Investigations on Bengal jail dietaries - Number 37
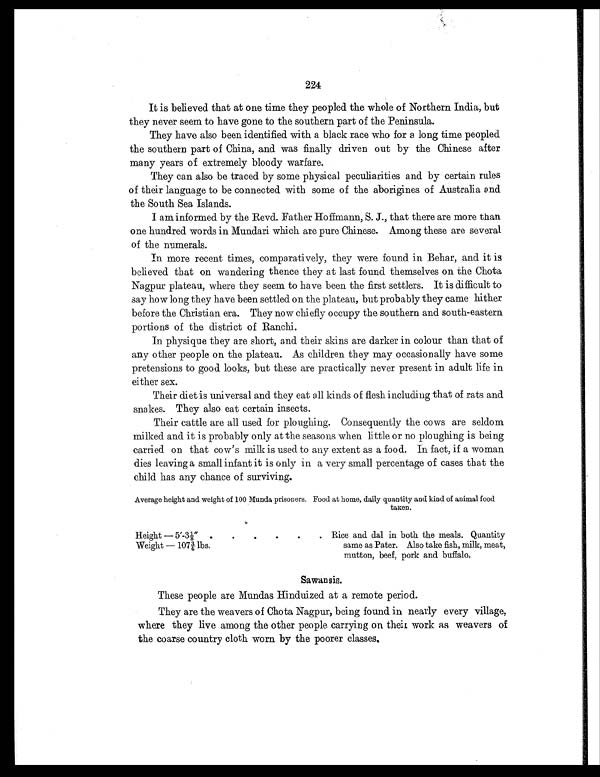
224
It is believed that at one time they peopled the whole of Northern India, but
they never seem to have gone to the southern part of the Peninsula.
They have also been identified with a black race who for a long time peopled
the southern part of China, and was finally driven out by the Chinese after
many years of extremely bloody warfare.
They can also be traced by some physical peculiarities and by certain rules
of their language to be connected with some of the aborigines of Australia and
the South Sea Islands.
I am informed by the Revd. Father Hoffmann, S. J., that there are more than
one hundred words in Mundari which are pure Chinese. Among these are several
of the numerals.
In more recent times, comparatively, they were found in Behar, and it is
believed that on wandering thence they at last found themselves on the Chota
Nagpur plateau, where they seem to have been the first settlers. It is difficult to
say how long they have been settled on the plateau, but probably they came hither
before the Christian era. They now chiefly occupy the southern and south-eastern
portions of the district of Ranchi.
In physique they are short, and their skins are darker in colour than that of
any other people on the plateau. As children they may occasionally have some
pretensions to good looks, but these are practically never present in adult life in
either sex.
Their diet is universal and they eat all kinds of flesh including that of rats and
snakes. They also eat certain insects.
Their cattle are all used for ploughing. Consequently the cows are seldom
milked and it is probably only at the seasons when little or no ploughing is being
carried on that cow's milk is used to any extent as a food. In fact, if a woman
dies leaving a small infant it is only in a very small percentage of cases that the
child has any chance of surviving.
Average height and weight of 100 Munda prisoners. Food at home, daily quantity and kind of animal food
taken.
Height — 5′-3⅛″ .
.
.
.
.
. Rice and dal in both the meals. Quantity
same as Pater. Also take fish, milk, meat,
mutton, beef, pork and buffalo.
Weight — 107¾ lbs.
Sawansis.
These people are Mundas Hinduized at a remote period.
They are the weavers of Chota Nagpur, being found in nearly every village,
where they live among the other people carrying on their work as weavers of
the coarse country cloth worn by the poorer classes.